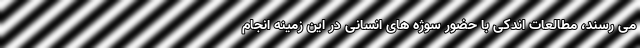
می رسند، مطالعات اندکی با حضور سوژه های انسانی در این زمینه انجام